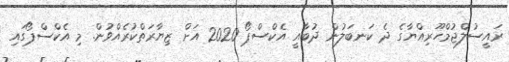
ރައީސުލްޖުމްހޫރިއްޔާގެ ދެ ކަނބަލުން ދުބާއީ އެކްސްޕޯ 2020 އަށް ޒިޔާރަތްކުރެއްވުން. މި އެކްސްޕޯގައި